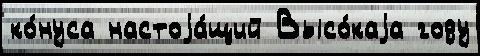
ко́нуса настоjа́щий Высо́каjа году